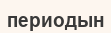
периодын